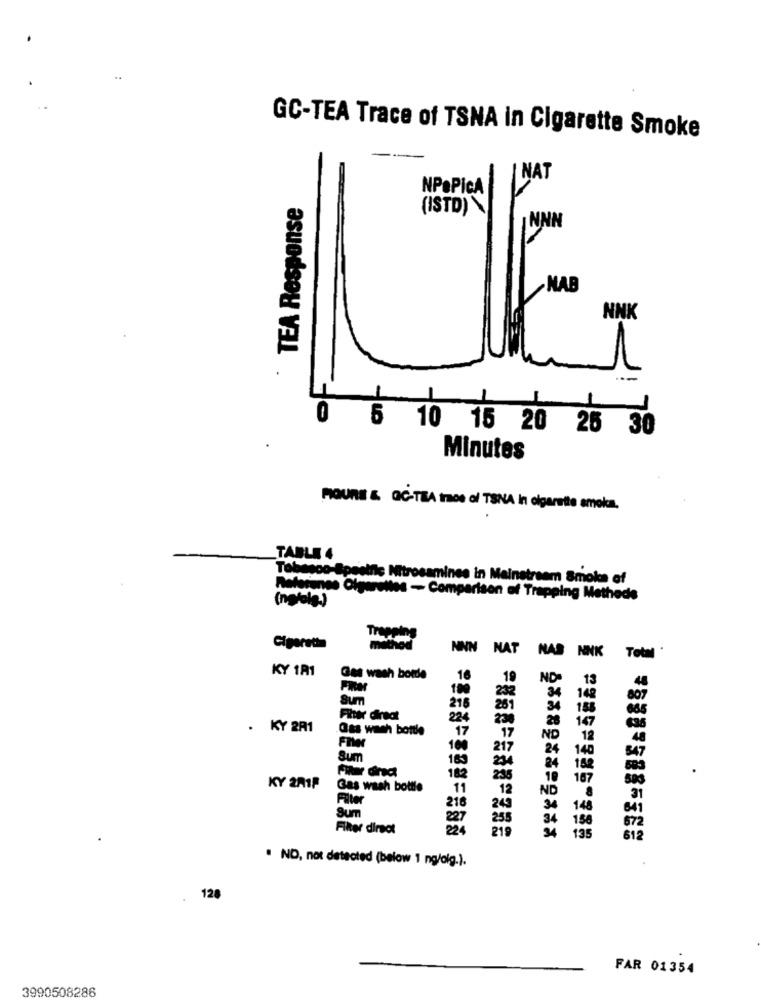
GC-TEA Trace of TSNA in Cigarette Smoke
TEA Response
NNK
CE
5 10 15 20 25 30
Minutes
MIOUNE & QC-TEA tres ol TSNA In cigarette amokca.
TABLE 4
-Specific Nitrosamines in Mainstream Smoke of
(nolol
forgnes Olgerelles - Comparison of Trapping Methods
Trapping
Cigarethn
method
NNN NAT NAS NNK Total '
KY 1R1
Gas wash borde
16
19
ND
13
Fixar
100
34
Sum
282
14
216
261
34
Filter dired
224
250
28
. KY 2R1
Gas wach bottle
17
17
ND
100
217
24
Sum
169
234
24
Fler dinia
182
235
KY 201P
Gas wash bottle
11
12
216
243
sum
Filter direct
22
. NO, not detected (below 1 ng/dig.).
128
FAR 01354
3990508286